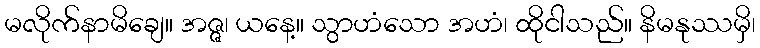
မလိုက်နာမိချေ။ အဇ္ဇ၊ ယနေ့။ သွာဟံသော အဟံ၊ ထိုငါသည်။ နိမနုဿမှိ၊